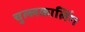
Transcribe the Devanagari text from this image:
चुल्लकालिंग